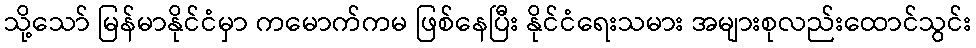
သို့သော် မြန်မာနိုင်ငံမှာ ကမောက်ကမ ဖြစ်နေပြီး နိုင်ငံရေးသမား အများစုလည်းထောင်သွင်း